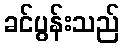
ခင်ပွန်းသည်